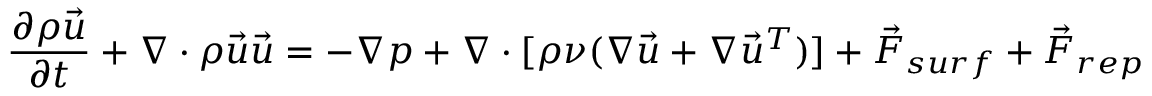
\frac { \partial \rho \vec { u } } { \partial t } + \nabla \cdot { \rho \vec { u } \vec { u } } = - \nabla p + \nabla \cdot [ \rho \nu ( \nabla \vec { u } + \nabla \vec { u } ^ { T } ) ] + \vec { F } _ { s u r f } + \vec { F } _ { r e p }